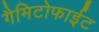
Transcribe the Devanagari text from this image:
गैमिटोफाईट